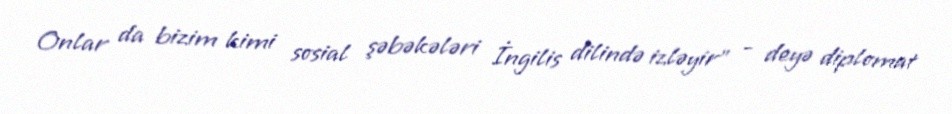
Onlar da bizim kimi sosial şəbəkələri İngilis dilində izləyir" - deyə diplomat